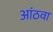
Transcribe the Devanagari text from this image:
आंठवा